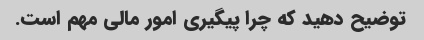
توضیح دهید که چرا پیگیری امور مالی مهم است.